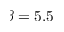
\beta = 5 . 5